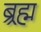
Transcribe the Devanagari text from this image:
ब्र्रह्म